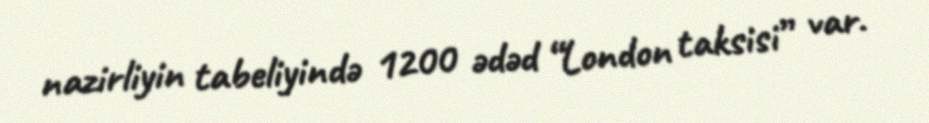
nazirliyin tabeliyində 1200 ədəd “London taksisi” var.